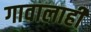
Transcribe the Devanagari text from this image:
गावालाही